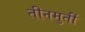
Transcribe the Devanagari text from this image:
तीनमुर्ती